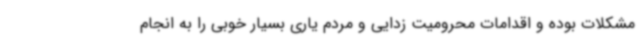
مشکلات بوده و اقدامات محرومیت زدایی و مردم یاری بسیار خوبی را به انجام